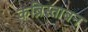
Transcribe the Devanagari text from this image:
कब्रिस्ताबन